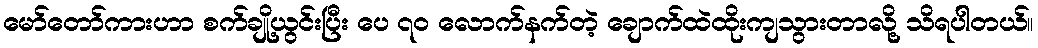
မော်တော်ကားဟာ စက်ချို့ယွင်းပြီး ပေ ၇၀ လောက်နက်တဲ့ ချောက်ထဲထိုးကျသွားတာလို့ သိရပါတယ်။